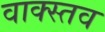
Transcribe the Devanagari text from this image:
वाक्स्तव